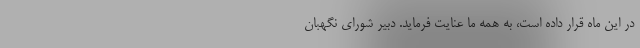
در این ماه قرار داده است، به همه ما عنایت فرماید. دبیر شورای نگهبان